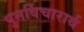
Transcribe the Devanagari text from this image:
पुनर्विचारार्थ